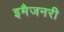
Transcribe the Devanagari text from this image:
इमैजनरी